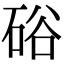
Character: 硲